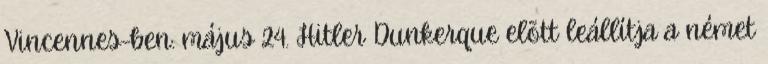
Vincennes-ben. május 24. Hitler Dunkerque elõtt leállítja a német